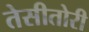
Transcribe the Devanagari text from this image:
तेसीतोरी